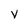
Character: v